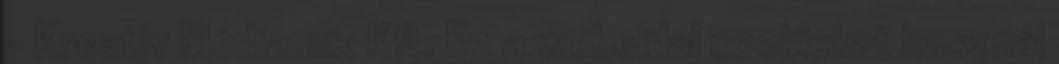
- Kreatív Médiamix Kft. Ez a weboldal cookiekat használ